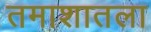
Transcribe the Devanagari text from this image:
तमाशातला